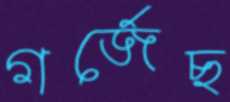
গর্‌জেছ